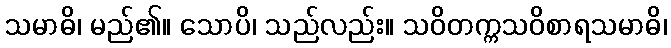
သမာဓိ၊ မည်၏။ သောပိ၊ သည်လည်း။ သဝိတက္ကသဝိစာရသမာဓိ၊